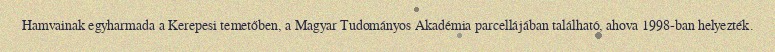
Hamvainak egyharmada a Kerepesi temetőben, a Magyar Tudományos Akadémia parcellájában található, ahova 1998-ban helyezték.